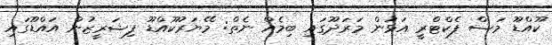
ކޫއްޑޫ މަސް ފެކްޓްރީ އަޅަން މަރަދޫގައި ބިމެއް ނެތް: މޭޔަރުކޫއްޑޫ ފިޝަރީޒުން އައްޑޫގައި